Vaccination North-Western Provinces 1866-1877 - 1866-1877
Year: 1866
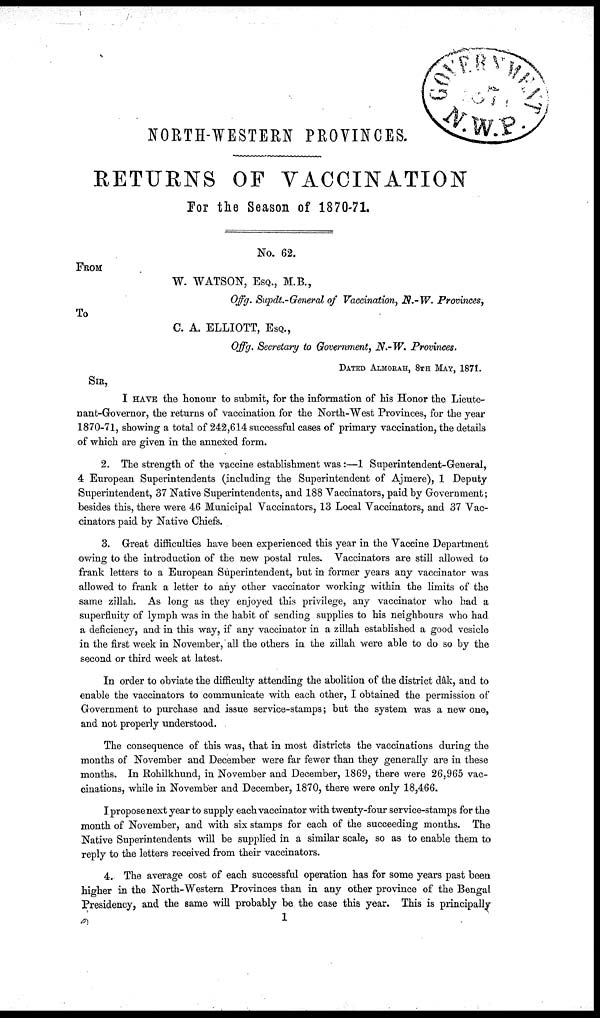
NORTH-WESTERN PROVINCES.
RETURNS OF VACCINATION
For the Season of 1870-71.
No. 62.
FROM
W. WATSON, ESQ., M.B.,
Offg. Supdt.- General of Vaccination, N.-W. Provinces,
To
C. A. ELLIOTT, ESQ.,
Offg. Secretary to Government, N.-W. Provinces.
DATED ALMORAH, 8TH MAY, 1871.
SIR,
I HAVE the honour to submit, for the information of his Honor the Lieute-
nant-Governor, the returns of vaccination for the North-West Provinces, for the year
1870-71, showing a total of 242,614 successful cases of primary vaccination, the details
of which are given in the annexed form.
2. The strength of the vaccine establishment was :—1 Superintendent-General,
4 European Superintendents (including the Superintendent of Ajmere), 1 Deputy
Superintendent, 37 Native Superintendents, and 188 Vaccinators, paid by Government;
besides this, there were 46 Municipal Vaccinators, 13 Local Vaccinators, and 37 Vac-
cinators paid by Native Chiefs.
3. Great difficulties have been experienced this year in the Vaccine Department
owing to the introduction of the new postal rules. Vaccinators are still allowed to
frank letters to a European Superintendent, but in former years any vaccinator was
allowed to frank a letter to any other vaccinator working within the limits of the
same zillah. As long as they enjoyed this privilege, any vaccinator who had a
superfluity of lymph was in the habit of sending supplies to his neighbours who had
a deficiency, and in this way, if any vaccinator in a zillah established a good vesicle
in the first week in November, all the others in the zillah were able to do so by the
second or third week at latest.
In order to obviate the difficulty attending the abolition of the district dâk, and to
enable the vaccinators to communicate with each other, I obtained the permission of
Government to purchase and issue service-stamps; but the system was a new one,
and not properly understood.
The consequence of this was, that in most districts the vaccinations during the
months of November and December were far fewer than they generally are in these
months. In Rohilkhund, in November and December, 1869, there were 26,965 vac-
cinations, while in November and December, 1870, there were only 18,466.
I propose next year to supply each vaccinator with twenty-four service-stamps for the
month of November, and with six stamps for each of the succeeding months. The
Native Superintendents will be supplied in a similar scale, so as to enable them to
reply to the letters received from their vaccinators.
4. The average cost of each successful operation has for some years past been
higher in the North-Western Provinces than in any other province of the Bengal
Presidency, and the same will probably be the case this year. This is principally
1